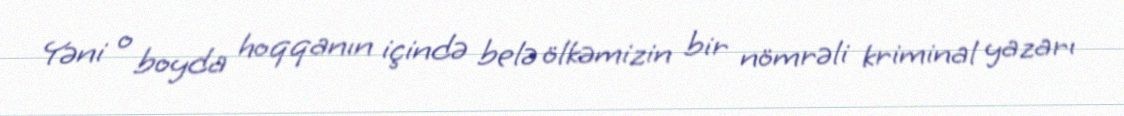
Yəni o boyda hoqqanın içində belə ölkəmizin bir nömrəli kriminal yazarı